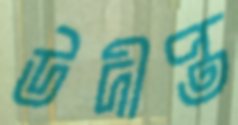
উদীপ্ত